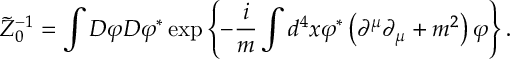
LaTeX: \widetilde { { \cal Z } } _ { 0 } ^ { - 1 } = \int { \cal D } \varphi { \cal D } \varphi ^ { \ast } \exp \left\{ - \frac { i } { m } \int d ^ { 4 } x \varphi ^ { \ast } \left( \partial ^ { \mu } \partial _ { \mu } + m ^ { 2 } \right) \varphi \right\} .